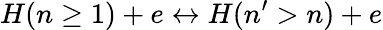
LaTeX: H(n\geq 1)+e\leftrightarrow H(n^{\prime}>n)+e